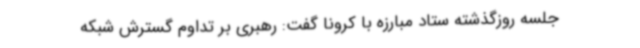
جلسه روزگذشته ستاد مبارزه با کرونا گفت: رهبری بر تداوم گسترش شبکه